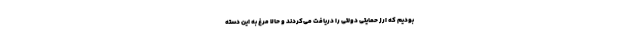
بودیم که ارز حمایتی دولتی را دریافت می‌کردند و حالا مرغ به این دسته